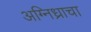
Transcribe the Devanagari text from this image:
अग्निध्राचा